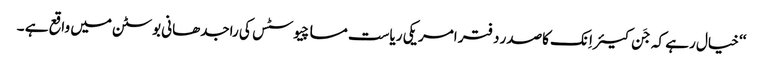
‘‘ خیال رہے کہ جَن کیئر اِنک کاصدر دفتر امریکی ریاست مساچیوسٹس کی راجدھانی بوسٹن میں واقع ہے ۔